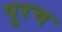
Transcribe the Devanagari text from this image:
पूरच